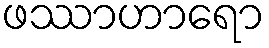
ဖဿာဟာရော